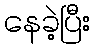
နေခဲ့ပြီး